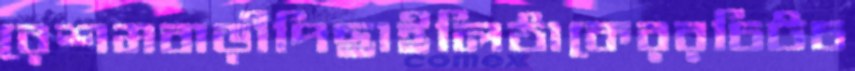
রেশমবাড়ীপিছাইলিঠাকেররচিটচ